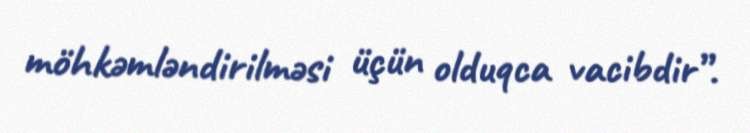
möhkəmləndirilməsi üçün olduqca vacibdir”.